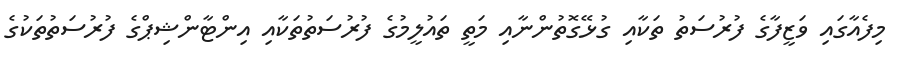
މިފެއާގައި ވަޒީފާގެ ފުރުސަތު ތަކާއި ގުޅޭގޮތުންނާއި މަތީ ތައުލީމުގެ ފުރުސަތުތަކާއި އިންޓާންޝިޕްގެ ފުރުސަތުތަކުގެ